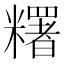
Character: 糬